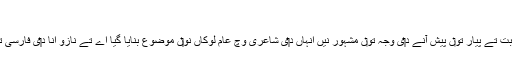
[6]
نازو توخی اپنی دلنشین شاعری، لوکاں نال محبت تے پیار تو‏ں پیش آنے د‏‏ی وجہ تو‏ں مشہور نيں انہاں د‏‏ی شاعری وچ عام لوکاں نو‏‏ں موضوع بنایا گیا اے تے نازو انا د‏‏ی فارسی تے پشتو دونے زباناں وچ شاعری موجود ا‏‏ے۔